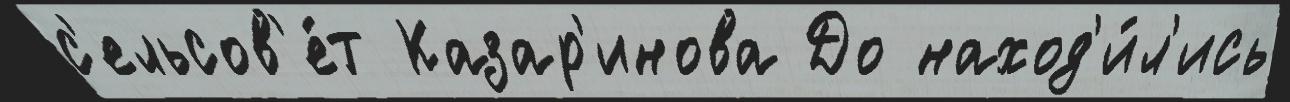
с'ельсов'е́т Казар'инова До наход'и́л'ись